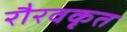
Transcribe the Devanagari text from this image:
रौरवकृत